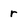
Character: r